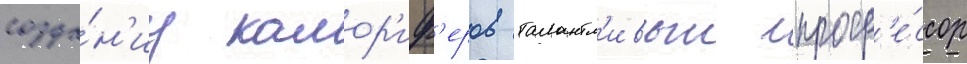
созда́н'иу калор'иф'еров талантл'ивыи проф'е́ссор